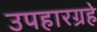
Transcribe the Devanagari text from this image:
उपहारग्रहे